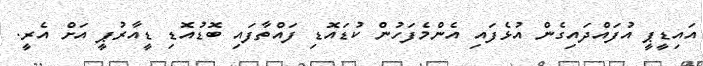
އައިޑީޕީ އުފައްދައިގެން އުޅެފައި އެންމެފަހުން ކުޑައޮޑި ފައްތާފައި ބޮޑުއޮޑި ޑީއާރުޕީ އަށް އެރީ.